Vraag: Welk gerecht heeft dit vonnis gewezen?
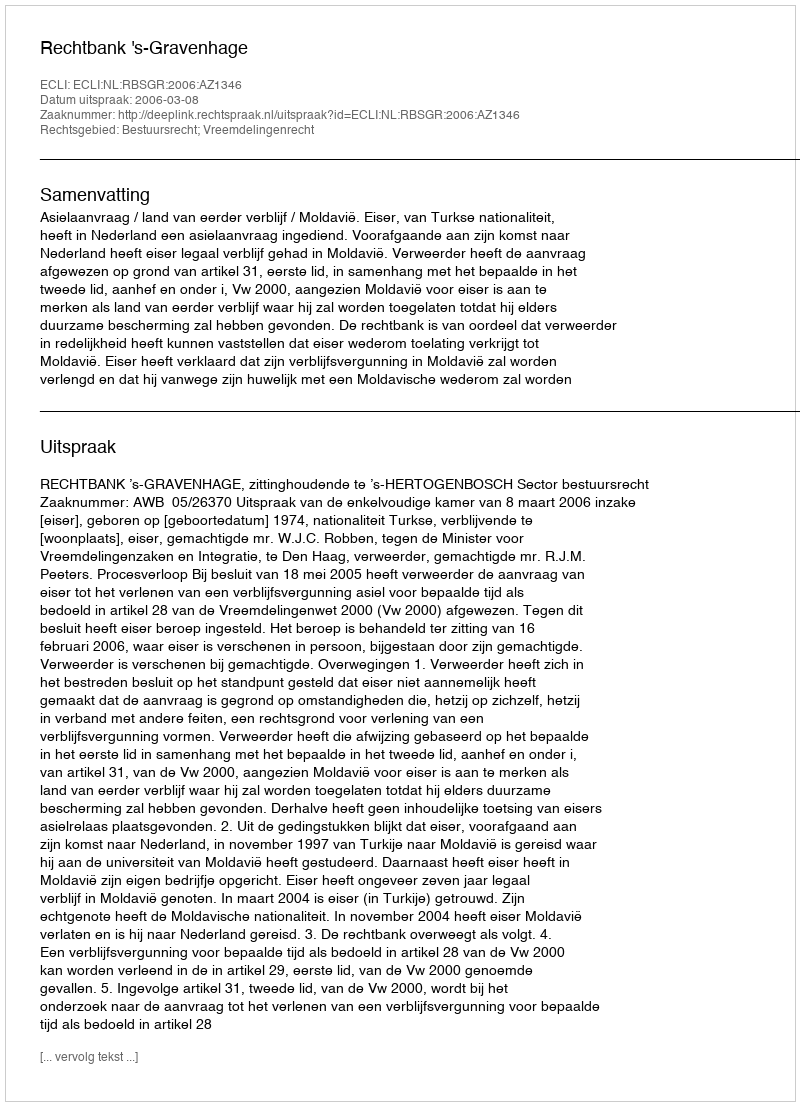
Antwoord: Rechtbank 's-Gravenhage